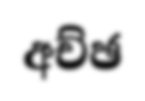
අච්ඡ